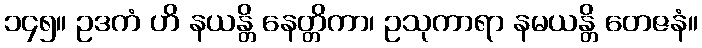
၁၄၅။ ဥဒကံ ဟိ နယန္တိ နေတ္တိကာ၊ ဥသုကာရာ နမယန္တိ တေဇနံ။